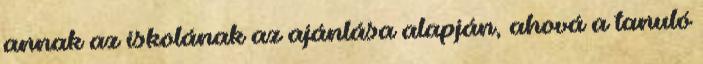
annak az iskolának az ajánlása alapján, ahová a tanuló